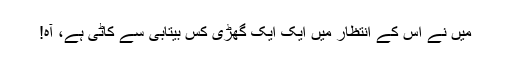
میں نے اس کے انتظار میں ایک ایک گھڑی کس بیتابی سے کاٹی ہے، آہ!